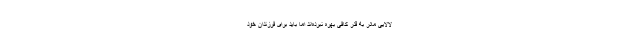
لالایی مادر به قدر کافی بهره نبرده‌اند اما باید برای فرزندان خود